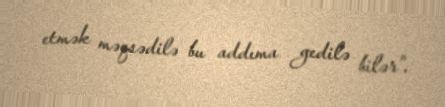
etmək məqsədilə bu addıma gedilə bilər”.